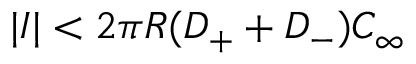
| I | < 2 \pi R ( D _ { + } + D _ { - } ) C _ { \infty }